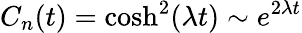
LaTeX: C_{n}(t)=\cosh^{2}(\lambda t)\sim e^{2\lambda t}